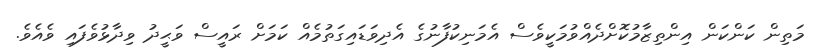
މަތިން ކަންކަން އިންތިޒާމުކޮށްދެއްވުމަކީވެސް އެމަނިކުފާނުގެ އެދިވަޑައިގަތުމެއް ކަމަށް ރައީސް ވަޙީދު ވިދާޅުވެފައި ވެއެވެ.